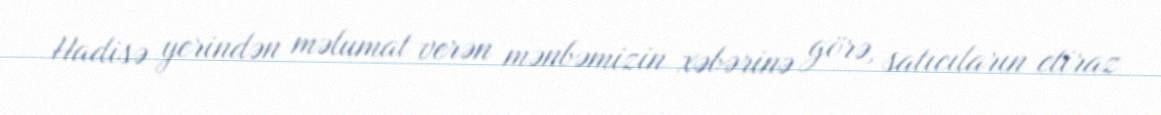
Hadisə yerindən məlumat verən mənbəmizin xəbərinə görə, satıcıların etiraz